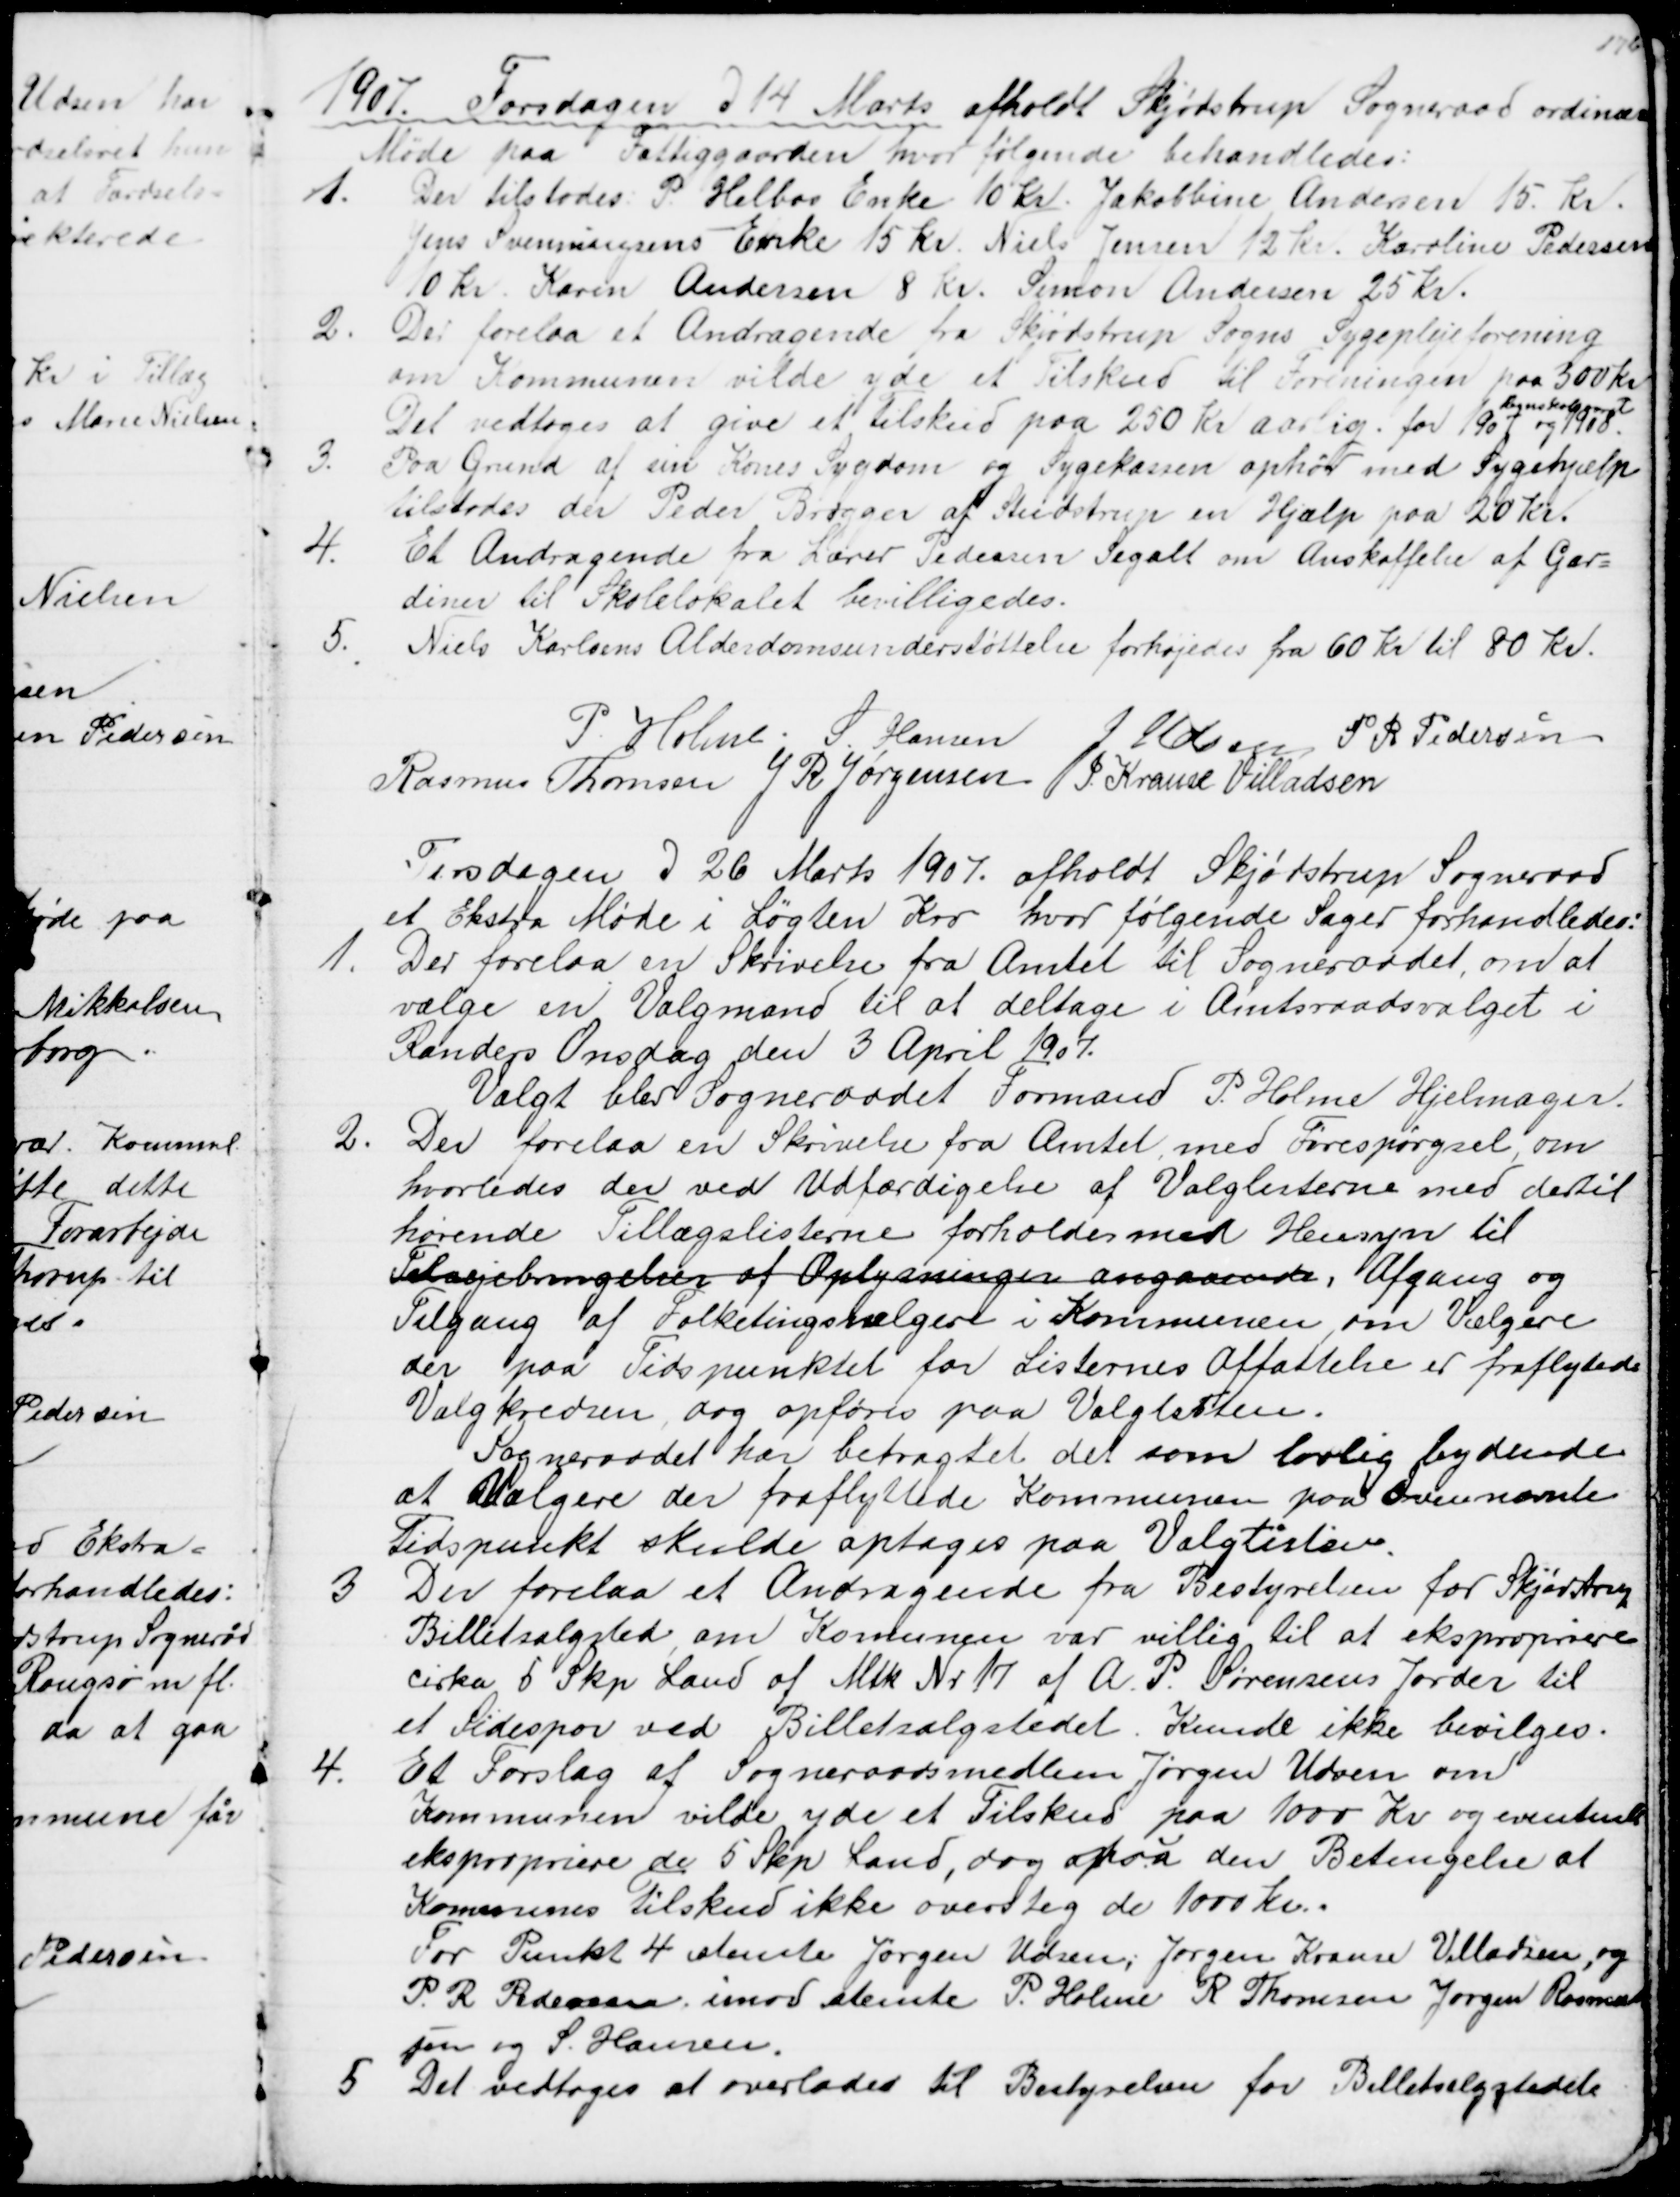
Transskription:
1907. Torsdagen d 14 Marts afholdt Skjødstrup Sogneraad ordinær
Møde paa Fattiggaarden, hvor følgende behandledes:
1.
Der tilstodes P. Helbos Enke 10 Kr. Jakobbine Andersen 15 Kr.
Jens Svenningsens Enke 15 kr. Niels Jensen 12 Kr. Karoline Pedersen
10 Kr. Karen Andersen 8 Kr. Simon Andersen 25 Kr.
2.
Der forelaa et Andragende fra Skjødstrup Sogns Sygeplejeforening 
om Kommunen vilde yde et Tilskud til Foreningen paa 300 Kr
Det vedtoges at give et tilskud paa 250 Kr aarlig. for 1907 og 1908.
Regnskabsaaret
3. 
Paa Grund af sin Kones Sygdom og Sygekassen ophør med Sygehjælp
tilstodes der Peder Brøgger af Studstrup en Hjælp paa 20 Kr.
4.
Et Andragende fra Lærer Pedersen Segalt om Anskaffelse af Gar=
diner til Skolelokalet bevilligedes.
5.
Niels Karlsens Alderdomsunderstøttelse forhøjedes fra 60 Kr til 80 Kr.
P. Holme. S Hansen
J Udsen S. P. Pedersen
Rasmus Thomsen J R Jørgensen J. Krause Villadsen
Tirsdagen d 26 Marts 1907. afholdt Skjødstrup Sogneraad
et Ekstra Møde i Løgten Kro hvor følgende Sager forhandledes:
1.
Der forelaa en Skrivelse fra Amtet til Sogneraadet, om at
vælge en Valgmand til at deltage i Amtsraadsvalget i 
Randers Onsdag den 3 April 1907.
Valgt blev Sogneraadet Formand P. Holme Hjelmager.
2.
Der forelaa en Skrivelse fra Amtet, med Forespørgsel, om
hvorledes der ved Udfærdigelse af Valglisterne med dertil 
hørende Tillægslisterne forholdes med Hensyn til 
Tilvejebringelser af Oplysninger angaaende. Afgang og
Tilgang af Folketingsvælgere i Kommunen, om Vælgere
der paa Tidspunktet for Listernes Affattelse er fraflytede
Valgkredsen, dog opføres paa Valglisten.
Sogneraadet har betragtet det som lovlig bydende 
at Vælgere der fraflyttede Kommunen paa Ovennævnte
Tidspunkt skulde optages paa Valglisten.
3
Der forelaa et Andragende fra Bestyrelsen for Skjødstrup
Billetsalgsted om Komunen var villig til at ekspropriere
cirka 5 Skp. Land af Mtr. Nr. 17 af A. P. Sørensens Jorder til
et Sidespor ved Billetsalgstedet. Kunde ikke bevilges.
4.
Et Forslag af Sogneraadsmedlem Jørgen Udsen om
Kommunen vilde yde et Tilskud paa 1000 Kr og eventuelt
ekspropriere de 5 Skp. Land, dog paa den Betingelse af
Kommunes tilskud ikke oversteg de 1000 Kr.
For Punkt 4 stemte Jørgen Udsen, Jørgen Krause Villadsen, og
P. R. Pedersen imod stemte P. Holme R Thomsen Jørgen Rasmussen
sen og S. Hansen.
5
Det vedtoges at overlades til Bestyrelsen for Billetsalgstede